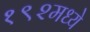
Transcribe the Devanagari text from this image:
१९२मध्ये